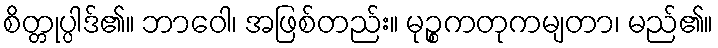
စိတ္တုပ္ပါဒ်၏။ ဘာဝေါ၊ အဖြစ်တည်း။ မုဉ္စကတုကမျတာ၊ မည်၏။